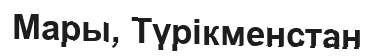
Мары, Түрікменстан